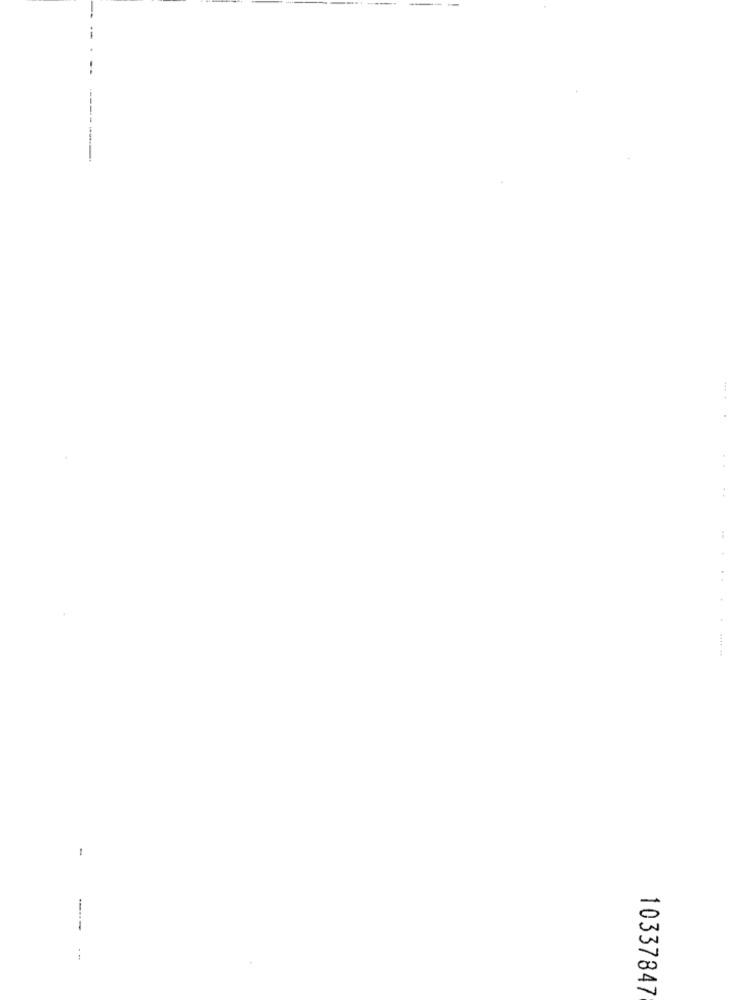
----
10337847